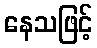
နေသဖြင့်